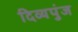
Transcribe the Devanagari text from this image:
दिव्यपुंज